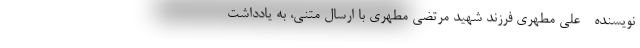
نویسنده - علی مطهری فرزند شهید مرتضی مطهری با ارسال متنی، به یادداشت